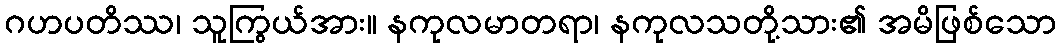
ဂဟပတိဿ၊ သူကြွယ်အား။ နကုလမာတရာ၊ နကုလသတို့သား၏ အမိဖြစ်သော